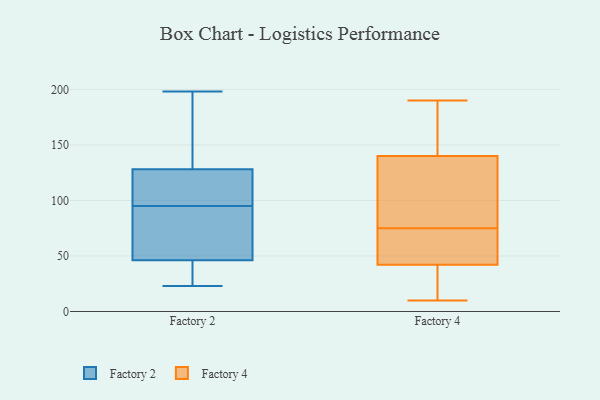
{"axis": {"x": "Website Visitors", "y": "Value"}, "legend": ["Factory 2", "Factory 4"], "data": [{"x": "", "y": 107, "type": "Factory 2"}, {"x": "", "y": 97, "type": "Factory 2"}, {"x": "", "y": 181, "type": "Factory 2"}, {"x": "", "y": 46, "type": "Factory 2"}, {"x": "", "y": 83, "type": "Factory 2"}, {"x": "", "y": 49, "type": "Factory 2"}, {"x": "", "y": 36, "type": "Factory 2"}, {"x": "", "y": 134, "type": "Factory 2"}, {"x": "", "y": 198, "type": "Factory 2"}, {"x": "", "y": 45, "type": "Factory 2"}, {"x": "", "y": 110, "type": "Factory 2"}, {"x": "", "y": 165, "type": "Factory 2"}, {"x": "", "y": 47, "type": "Factory 2"}, {"x": "", "y": 95, "type": "Factory 2"}, {"x": "", "y": 23, "type": "Factory 2"}, {"x": "", "y": 130, "type": "Factory 4"}, {"x": "", "y": 16, "type": "Factory 4"}, {"x": "", "y": 43, "type": "Factory 4"}, {"x": "", "y": 138, "type": "Factory 4"}, {"x": "", "y": 34, "type": "Factory 4"}, {"x": "", "y": 190, "type": "Factory 4"}, {"x": "", "y": 42, "type": "Factory 4"}, {"x": "", "y": 101, "type": "Factory 4"}, {"x": "", "y": 56, "type": "Factory 4"}, {"x": "", "y": 31, "type": "Factory 4"}, {"x": "", "y": 10, "type": "Factory 4"}, {"x": "", "y": 79, "type": "Factory 4"}, {"x": "", "y": 52, "type": "Factory 4"}, {"x": "", "y": 140, "type": "Factory 4"}, {"x": "", "y": 71, "type": "Factory 4"}, {"x": "", "y": 155, "type": "Factory 4"}, {"x": "", "y": 156, "type": "Factory 4"}, {"x": "", "y": 187, "type": "Factory 4"}]}